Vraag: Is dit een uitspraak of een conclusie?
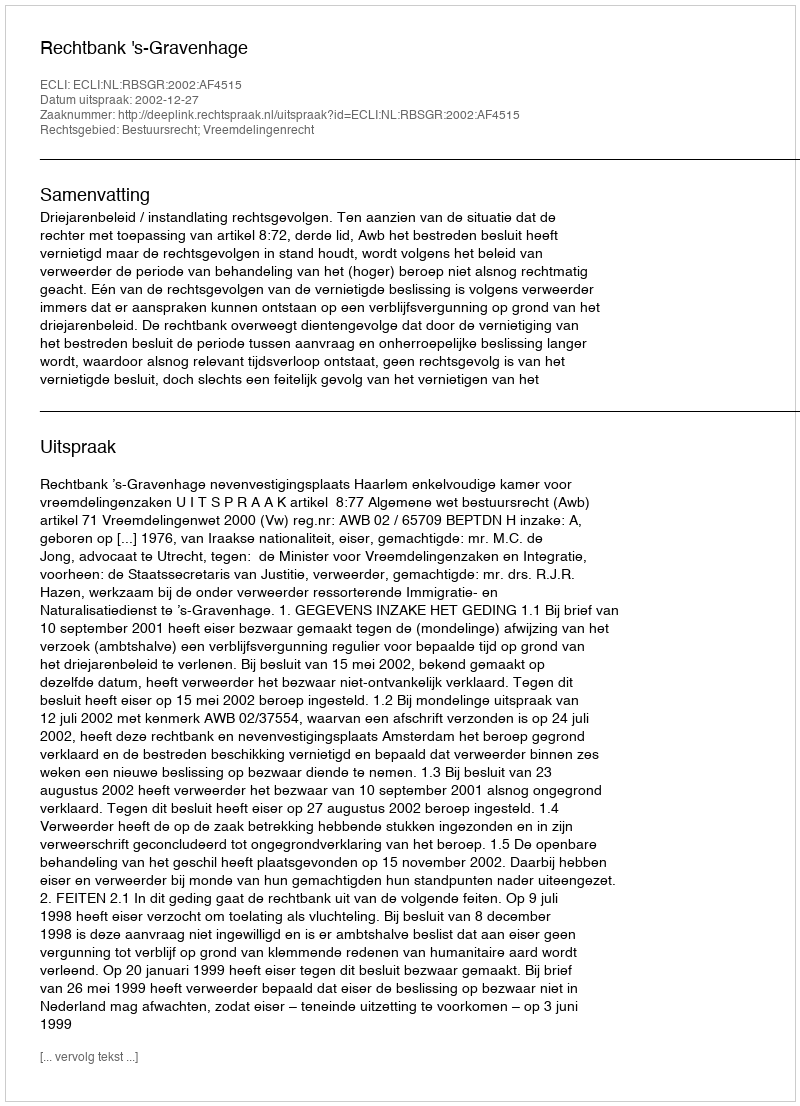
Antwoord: Uitspraak